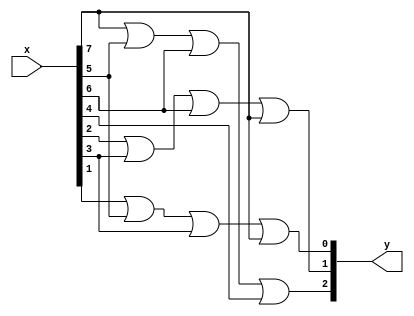
module enc83(y,x);
output [2:0]y;
input [7:0]x;
or g1(y[2],x[7],x[5],x[6],x[4]);
or g2(y[1],x[2],x[3],x[6],x[7]);
or g3(y[0],x[1],x[5],x[3],x[7]);
endmodule